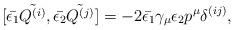
LaTeX: \begin{align*}[\bar{\epsilon_1} \tilde{Q^{(i)}}, \bar{\epsilon_2} \tilde{Q^{(j)}}]= -2 \bar{\epsilon_1} \gamma_{\mu} \epsilon_2 p^{\mu} \delta^{(ij)},\end{align*}